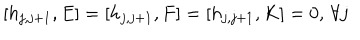
[ h _ { j , j + 1 } , E ] = [ h _ { j , j + 1 } , F ] = [ h _ { j , j + 1 } , K ] = 0 , \, \forall j